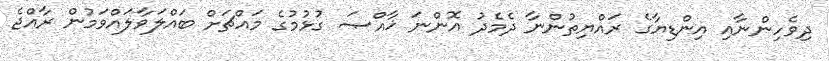
ދިވެހިންނާއި އިންޑިޔާގެ ރައްޔިތުންނާ ދެމެދު އޮންނަ ޚާއްޞަ ގުޅުމުގެ މައްޗަށް ބައްލަވާލައްވަމުން ރާއްޖެ